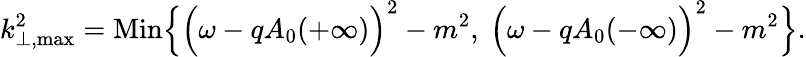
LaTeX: {k}_{\perp,\mathrm{max}}^{2}=\mathrm{Min}\Bigl\{ \Bigl(\omega-qA_{0}(+\infty)\Bigr)^{2}-m^{2},~\Bigl(\omega-qA_{0}(-\infty)\Bigr)^{2}-m^{2}\Bigr\} .